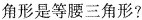
角形是等腰三角形?